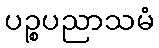
ပဉ္စပညာသမံ